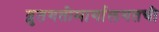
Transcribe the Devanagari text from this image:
द्रुतगतीमार्गालगतची